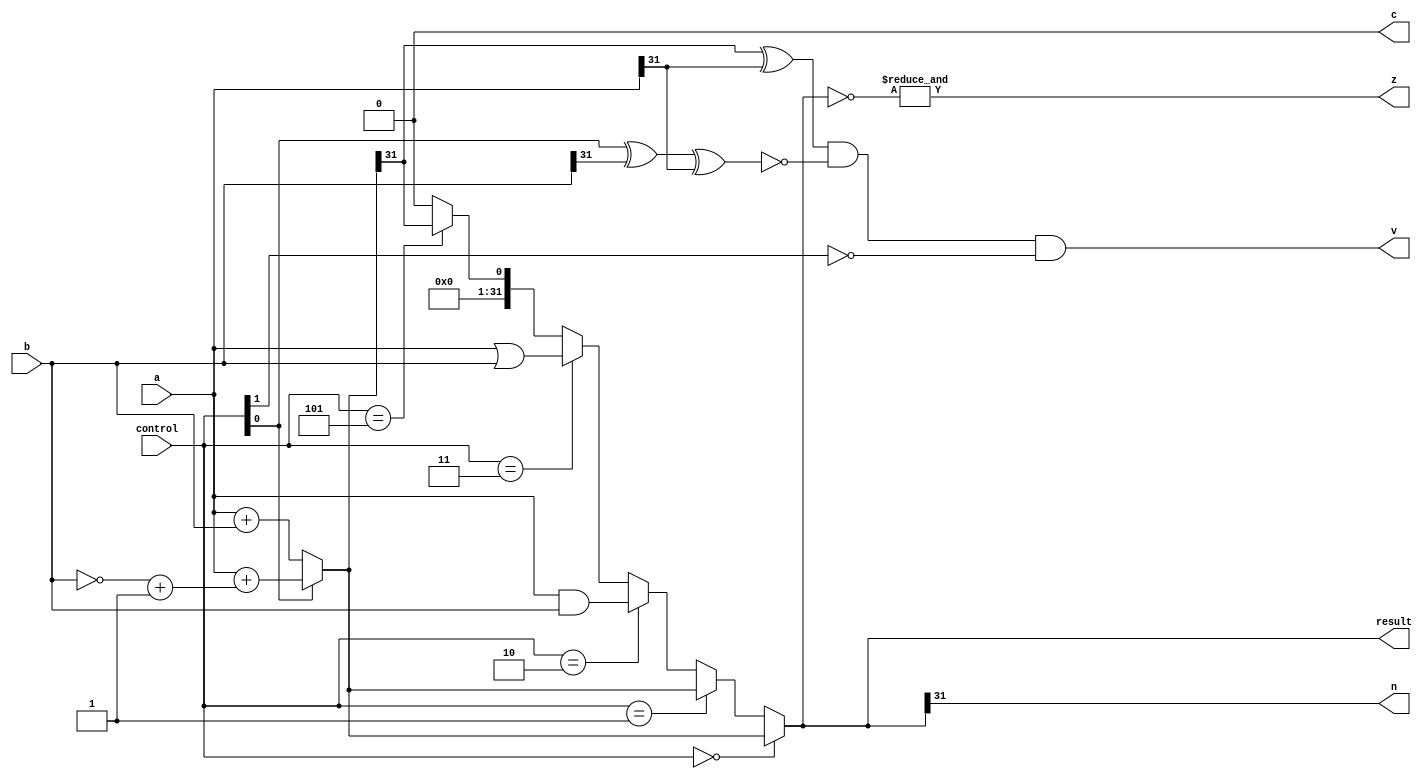

module ALU(a,b,result,control,v,c,z,n);

    input [31:0]a,b;
    input [2:0]control;
    output c,v,z,n;
    output [31:0]result;

    wire cout;
    wire [31:0]sum;

    assign sum = (control[0] == 1'b0) ? a + b :
                                          (a + ((~b)+1)) ;
    assign {cout,result} = (control == 3'b000) ? sum :
                           (control == 3'b001) ? sum :
                           (control == 3'b010) ? a & b :
                           (control == 3'b011) ? a | b :
                           (control == 3'b101) ? {{32{1'b0}},(sum[31])} :
                           {33{1'b0}};
    assign v = ((sum[31] ^ a[31]) & 
                      (~(control[0] ^ b[31] ^ a[31])) &
                      (~control[1]));
    assign c = ((~control[1]) & cout);
    assign z = &(~result);
    assign n = result[31];

endmodule